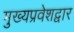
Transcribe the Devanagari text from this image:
मुख्यप्रवेशद्वार